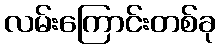
လမ်းကြောင်းတစ်ခု